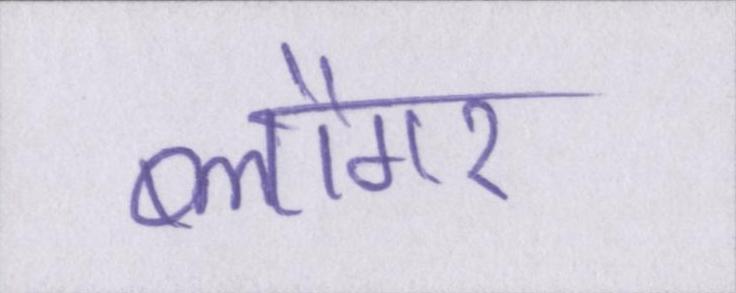
ब्लौगर